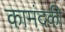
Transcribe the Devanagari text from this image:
कामंदकी